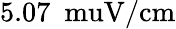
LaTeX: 5.07\ \mathrm{\ muV}/\mathrm{cm}